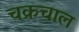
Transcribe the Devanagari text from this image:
चक्रचाल